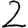
Digit: 2